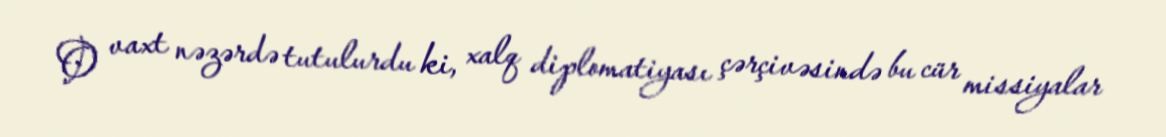
O vaxt nəzərdə tutulurdu ki, xalq diplomatiyası çərçivəsində bu cür missiyalar